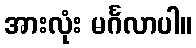
အားလုံး မင်္ဂလာပါ။